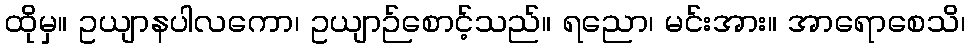
ထိုမှ။ ဥယျာနပါလကော၊ ဥယျာဉ်စောင့်သည်။ ရညော၊ မင်းအား။ အာရောစေသိ၊